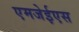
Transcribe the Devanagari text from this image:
एमजेईएस